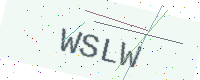
Text: WSLW